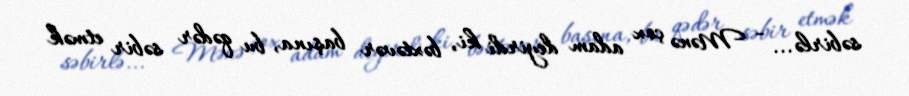
səbirlə... - Mənə çox adam deyirdi ki, bəxtəvər başına, bu qədər səbir etmək